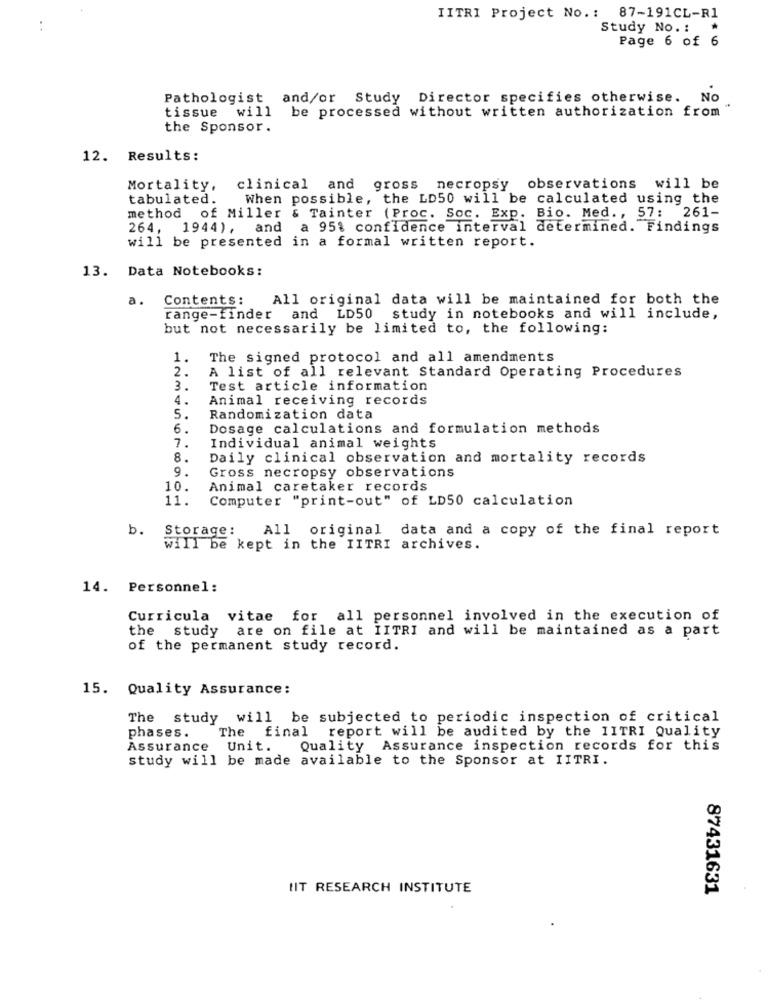
IITRI Project No .: 87-191CL-R1
Study No .: *
Page 6 of 6
Pathologist and/or Study Director specifies otherwise. No
tissue will
be processed without written authorization from
the Sponsor.
12. Results:
Mortality,
clinical and gross necropsy observations will be
tabulated.
When possible, the LD50 will be calculated using the
method of Miller & Tainter (Proc. Soc. Exp. Bio. Med ., 57: 261-
264, 1944), and a 95% confidence interval determined. Findings
will be presented in a formal written report.
13. Data Notebooks:
a.
Contents:
All original data will be maintained for both the
range-finder
and LD50 study in notebooks and will include,
but not necessarily be limited to, the following:
1.
The signed protocol and all amendments
A list of all relevant Standard Operating Procedures
2.
3.
Test article information
4.
Animal receiving records
5.
Randomization data
6.
Dosage calculations and formulation methods
7.
Individual animal weights
8.
Daily clinical observation and mortality records
9.
Gross necropsy observations
10.
Animal caretaker records
11.
Computer "print-out" of LD50 calculation
b.
Storage:
All original data and a copy of the final report
will be kept in the IITRI archives.
14. Personnel:
Curricula vitae for all personnel involved in the execution of
the study
are on file at IITRI and will be maintained as a part
of the permanent study record.
15. Quality Assurance:
The study will be subjected to periodic inspection of critical
phases.
The final report will be audited by the IITRI Quality
Assurance Unit.
Quality Assurance inspection records for this
study will be made available to the Sponsor at IITRI.
UIT RESEARCH INSTITUTE
87431631